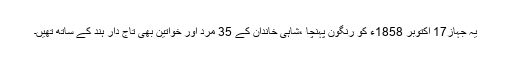
یہ جہاز17 اکتوبر 1858ء کو رنگون پہنچا ،شاہی خاندان کے 35 مرد اور خواتین بھی تاج دار ہند کے ساتھ تھیں۔